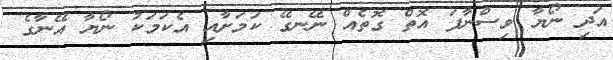
އަދި ނޯޔާ ވިސްނާފަ އޮތް ގޮތެއް ނޭނގޭ ކަމަށާއި އެކަމަކު ނޯޔާ އޭނާގެ